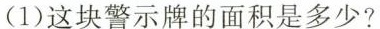
(1)这块警示牌的面积是多少?